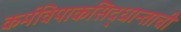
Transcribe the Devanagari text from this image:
कर्मविपाकसिद्धान्ताची